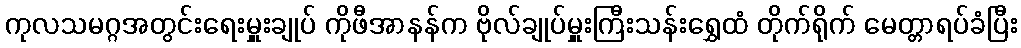
ကုလသမဂ္ဂအတွင်းရေးမှူးချုပ် ကိုဖီအာနန်က ဗိုလ်ချုပ်မှူးကြီးသန်းရွှေထံ တိုက်ရိုက် မေတ္တာရပ်ခံပြီး